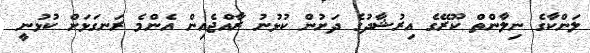
ލަންކާގެ ނިލާންތް ކޫރޭގެ އިރުޝާދުގެ ދަށުން ކުޅުނު ރާއްޖެއިން އެންމެ ރަނގަޅަށް ކުޅުނީ